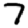
Digit: 7